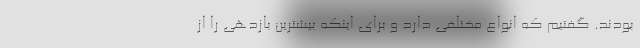
بودند. گفتیم که انواع مختلفی دارد و برای اینکه بیشترین بازدهی را از